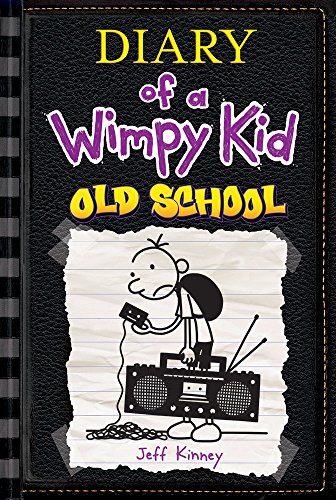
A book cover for Diary of a Wimpy Kid: Old School; Jeff Kinney; Children's Books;